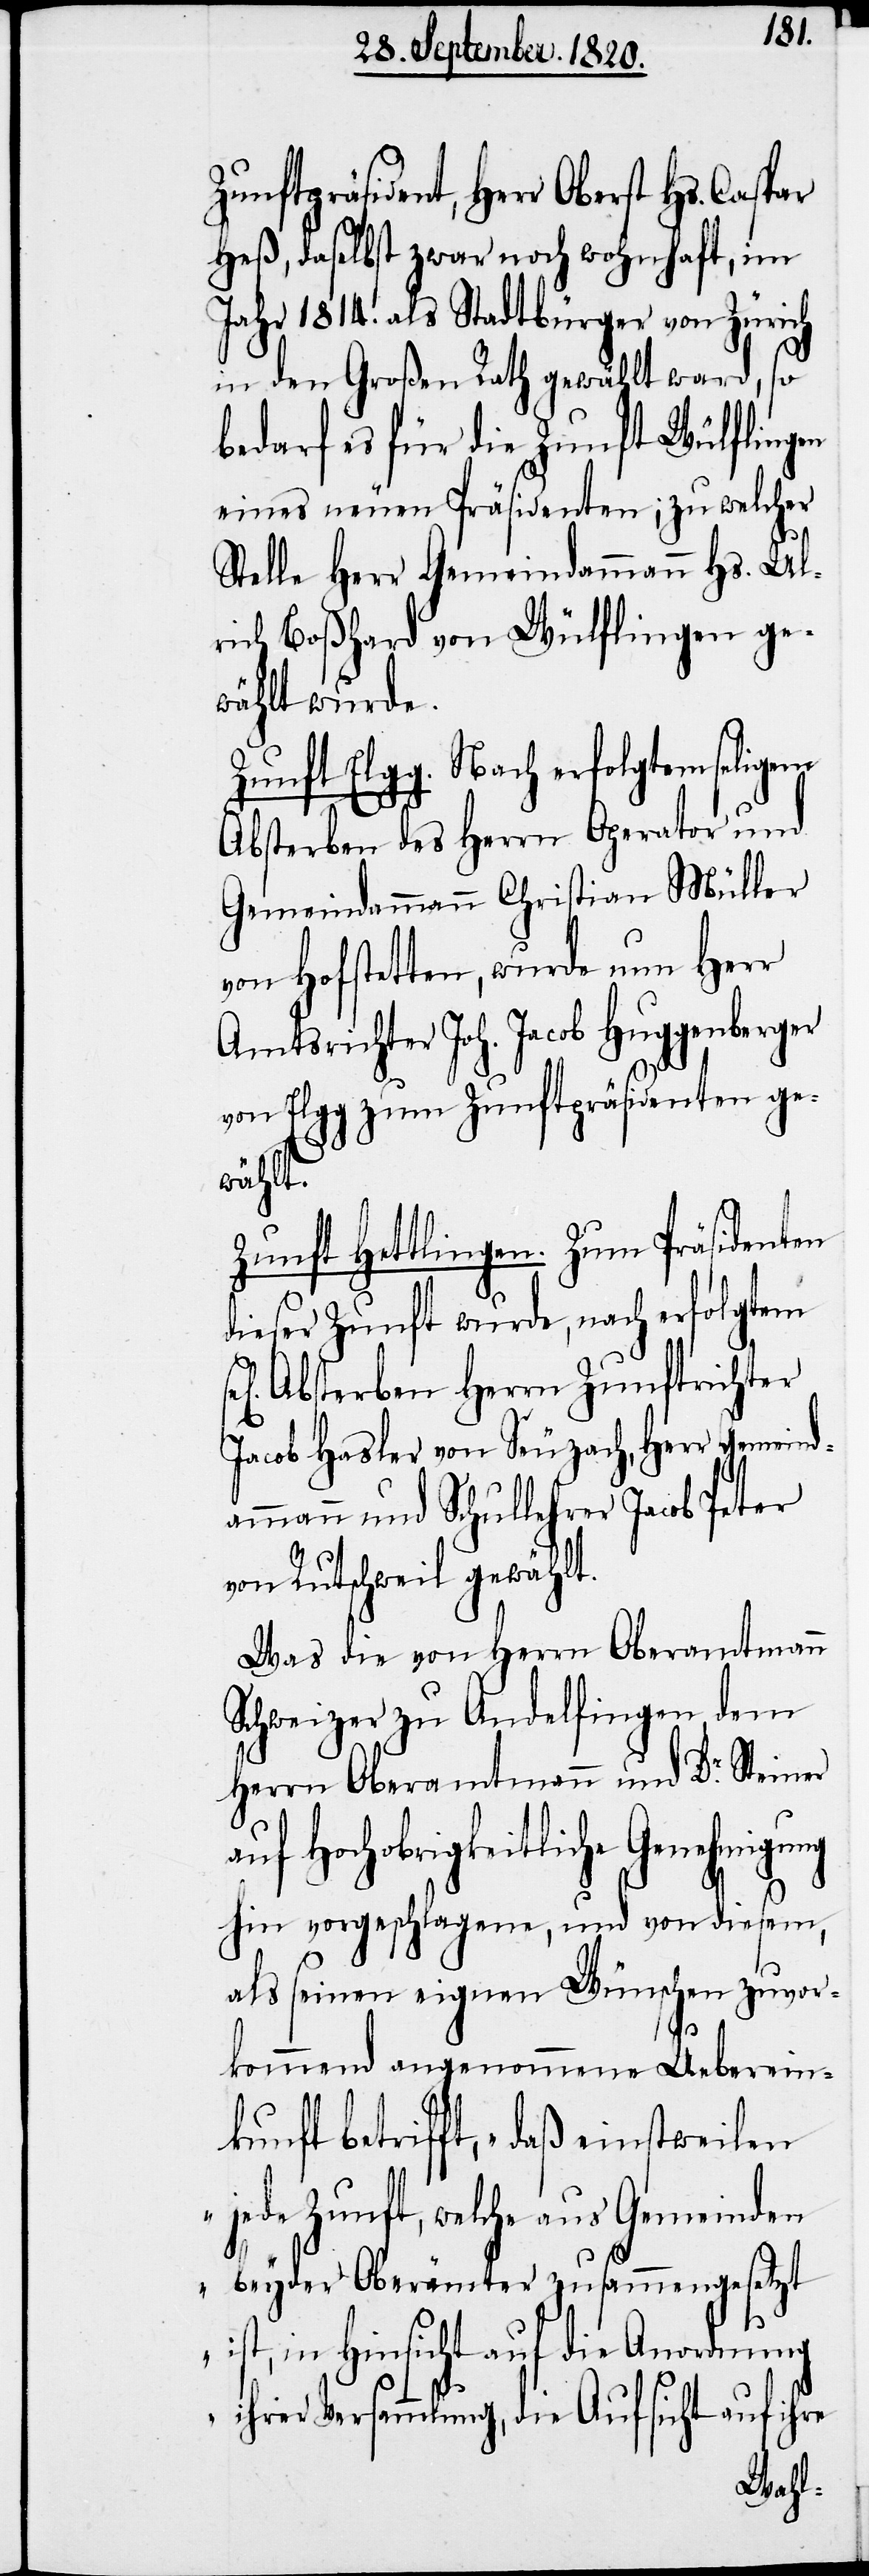
Zunftpräsident, Herr Oberst Hs.
Heß, daselbst zwar noch wohnhaft, im
Jahr 1814. als Stadtbürger von Zürich
in den Großen Rath gewählt ward, so
bedarf es für die Zunft Wülfingen
eines neuen Präsidenten, zu welcher
Stelle Herr Gemeindammann Hs. Ul¬
rich Boßhard von Wülflingen ge¬
wählt wurde.
Zunft Elgg. Nach erfolgtem seligem
Absterben des Herrn Operator und
Gemeindammann Christian Müller
von Hofstetten, wurde nun Herr
Amtsrichter Joh. Jacob Huggenberger
von Elgg zum Zunftpräsidenten ge¬
wählt.
Zunft Hettlingen. Zum Präsidenten
dieser Zunft wurde, nach erfolgtem
Absterben Herrn Zunftrichter
Jacob Hasler von Seuzach, Herr Gemeind¬
ammann und Schullehrer Jacob Peter
von Rutschweil gewählt.
Was die von Herrn Oberamtmann
Schweizer zu Andelfingen dem
Herrn Oberamtmann und Dr. Steiner
Hochobrigkeitliche Genehmigu¬
ng hin vorgeschlagene, und von diesem,
als seinen eigenen Wünschen zuvor¬
kommend angenommene Ueberein¬
kunft betrifft, „daß einstweilen
jede Zunft, welche aus Gemeinden
beyder Oberämter zusammengesetzt
ist, in Hinsicht auf die Anordnung
ihrer Versammlung, die Aufsicht auf ihre